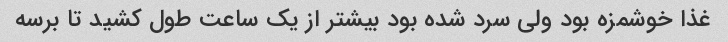
غذا خوشمزه بود ولی سرد شده بود بیشتر از یک ساعت طول کشید تا برسه